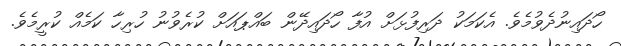
ހޯދައިނުދެވުމެވެ. އެކަމަކު ދަރިފުޅަށް އުފާ ހޯދައިދޭން ބައްޕައަށް ކުރެވުނު ހުރިހާ ކަމެއް ކުރީމެވެ.